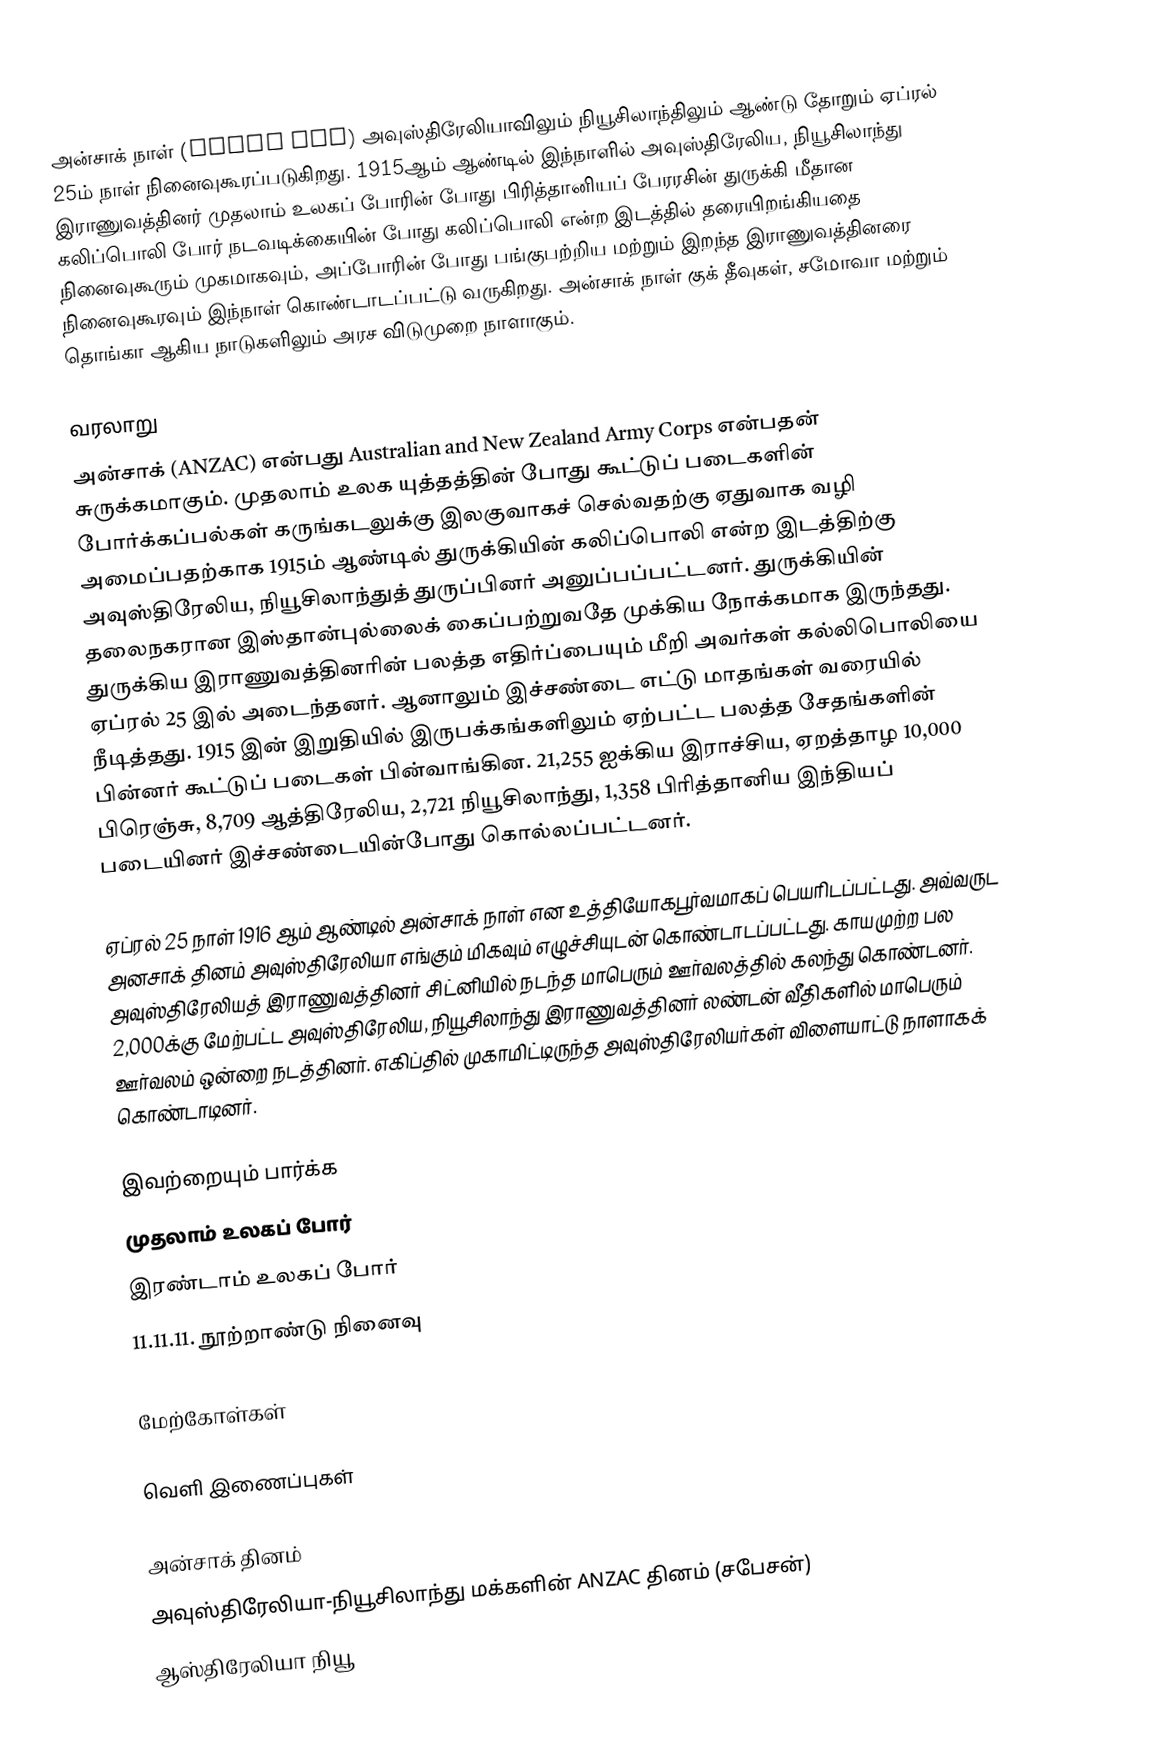
அன்சாக் நாள் (Anzac Day) அவுஸ்திரேலியாவிலும் நியூசிலாந்திலும் ஆண்டு தோறும் ஏப்ரல் 25ம் நாள் நினைவுகூரப்படுகிறது. 1915ஆம் ஆண்டில் இந்நாளில் அவுஸ்திரேலிய, நியூசிலாந்து இராணுவத்தினர் முதலாம் உலகப் போரின் போது பிரித்தானியப் பேரரசின் துருக்கி மீதான கலிப்பொலி போர் நடவடிக்கையின் போது கலிப்பொலி என்ற இடத்தில் தரையிறங்கியதை நினைவுகூரும் முகமாகவும், அப்போரின் போது பங்குபற்றிய மற்றும் இறந்த இராணுவத்தினரை நினைவுகூரவும் இந்நாள் கொண்டாடப்பட்டு வருகிறது.  அன்சாக் நாள் குக் தீவுகள், சமோவா மற்றும் தொங்கா ஆகிய நாடுகளிலும் அரச விடுமுறை நாளாகும்.

வரலாறு
அன்சாக் (ANZAC) என்பது Australian and New Zealand Army Corps என்பதன் சுருக்கமாகும். முதலாம் உலக யுத்தத்தின் போது கூட்டுப் படைகளின் போர்க்கப்பல்கள் கருங்கடலுக்கு இலகுவாகச் செல்வதற்கு ஏதுவாக வழி அமைப்பதற்காக 1915ம் ஆண்டில் துருக்கியின் கலிப்பொலி என்ற இடத்திற்கு அவுஸ்திரேலிய, நியூசிலாந்துத் துருப்பினர் அனுப்பப்பட்டனர். துருக்கியின் தலைநகரான இஸ்தான்புல்லைக் கைப்பற்றுவதே முக்கிய நோக்கமாக இருந்தது. துருக்கிய இராணுவத்தினரின் பலத்த எதிர்ப்பையும் மீறி அவர்கள் கல்லிபொலியை ஏப்ரல் 25 இல் அடைந்தனர். ஆனாலும் இச்சண்டை எட்டு மாதங்கள் வரையில் நீடித்தது. 1915 இன் இறுதியில் இருபக்கங்களிலும் ஏற்பட்ட பலத்த சேதங்களின் பின்னர் கூட்டுப் படைகள் பின்வாங்கின. 21,255 ஐக்கிய இராச்சிய, ஏறத்தாழ 10,000 பிரெஞ்சு, 8,709 ஆத்திரேலிய, 2,721 நியூசிலாந்து, 1,358 பிரித்தானிய இந்தியப் படையினர் இச்சண்டையின்போது கொல்லப்பட்டனர்.

ஏப்ரல் 25 நாள் 1916 ஆம் ஆண்டில் அன்சாக் நாள் என உத்தியோகபூர்வமாகப் பெயரிடப்பட்டது. அவ்வருட அனசாக் தினம் அவுஸ்திரேலியா எங்கும் மிகவும் எழுச்சியுடன் கொண்டாடப்பட்டது. காயமுற்ற பல அவுஸ்திரேலியத் இராணுவத்தினர் சிட்னியில் நடந்த மாபெரும் ஊர்வலத்தில் கலந்து கொண்டனர். 2,000க்கு மேற்பட்ட அவுஸ்திரேலிய, நியூசிலாந்து இராணுவத்தினர் லண்டன் வீதிகளில் மாபெரும் ஊர்வலம் ஒன்றை நடத்தினர். எகிப்தில் முகாமிட்டிருந்த அவுஸ்திரேலியர்கள் விளையாட்டு நாளாகக் கொண்டாடினர்.

இவற்றையும் பார்க்க
 முதலாம் உலகப் போர்
 இரண்டாம் உலகப் போர்
 11.11.11. நூற்றாண்டு நினைவு

மேற்கோள்கள்

வெளி இணைப்புகள்

 அன்சாக் தினம்
 அவுஸ்திரேலியா-நியூசிலாந்து மக்களின் ANZAC தினம் (சபேசன்)
 ஆஸ்திரேலியா நியூ